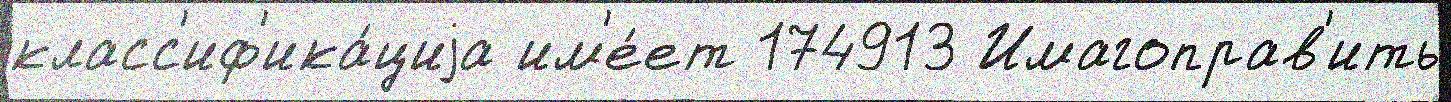
класс'иф'ика́циjа им'е́ет 174913 Имагоправ'ить